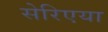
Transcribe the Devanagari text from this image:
सेरिएया